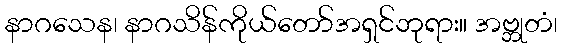
နာဂသေန၊ နာဂသိန်ကိုယ်တော်အရှင်ဘုရား။ အဗ္ဘုတံ၊